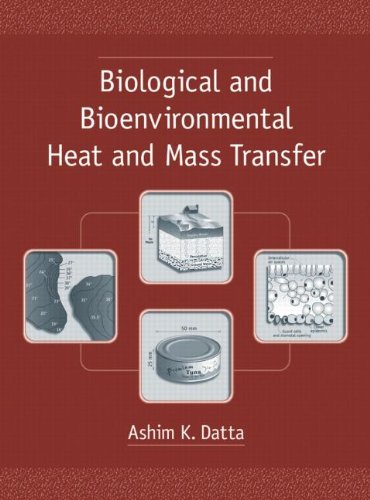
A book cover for Biological and Bioenvironmental Heat and Mass Transfer (Food Science and Technology); Ashim K. Datta; Medical Books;